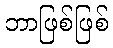
ဘာဖြစ်ဖြစ်